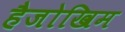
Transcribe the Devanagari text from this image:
हैजोखिम